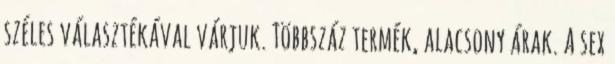
széles választékával várjuk. Többszáz termék, alacsony árak. A sex